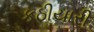
કઠીયારી